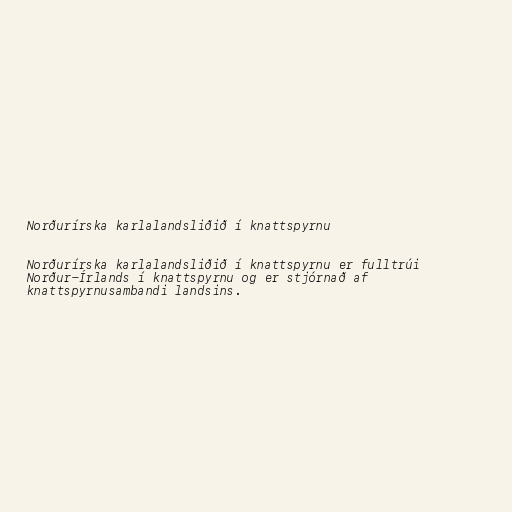
Norðurírska karlalandsliðið í knattspyrnu

Norðurírska karlalandsliðið í knattspyrnu er fulltrúi
Norður-Írlands í knattspyrnu og er stjórnað af
knattspyrnusambandi landsins.